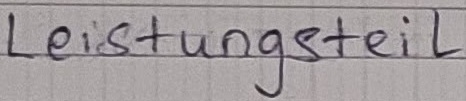
Text: Leistungsteil